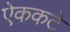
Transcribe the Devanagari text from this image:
ऐककटे